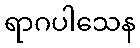
ရာဂပါသေန